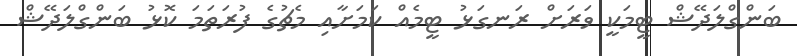
ބަންގްލަދޭޝް ޓީމަކީ ވަރަށް ރަނގަޅު ޓީމެއް ކަމަށާއި މެޗުގެ ފުރަތަމަ ކޮޅު ބަންގްލަދޭޝް